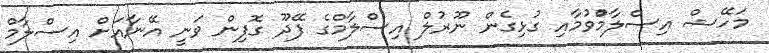
މަހޭޝް އިސްލާމުްވުމާއި ގުޅިގެން ނޫރުލް އިސްލާމްގެ ފޭދޫ ގޮފިން ވަނީ އޭނާއަށް އިސްލާމް